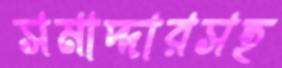
সমাদ্দারসহ